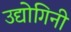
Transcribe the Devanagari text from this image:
उद्योगिनी